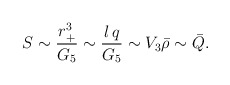
\begin{align*}S\sim {r_+^3\over G_5}\sim {l\,q\over G_5}\sim V_3{\bar \rho}\sim{\bar Q}.\end{align*}